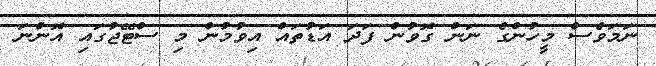
ނަމަވެސް މީހުންގެ ނަން ގޮވުން ފަދަ އަޑުތައް އިވުމުން މި ސްޓޭޖުގައި އޮންނަ